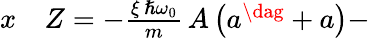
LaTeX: \begin{array}{rl}{x}&{{}Z=-\frac{\xi\, \hslash\omega_{0}}{m}\, A\left(a^{\dag}+a\right)-}\end{array}